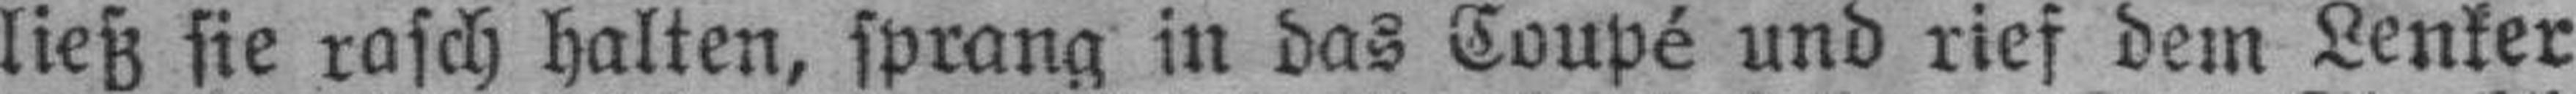
ließ sie rasch halten, sprang in das Coupé und rief dem Lenker